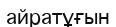
айратұғын